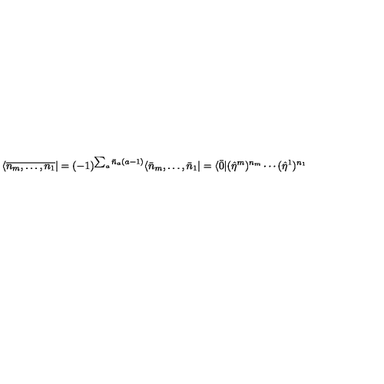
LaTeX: \langle \overline { { n _ { m } , \ldots , n _ { 1 } } } | = ( - 1 ) ^ { \sum _ { a } \bar { n } _ { a } ( a - 1 ) } \langle \bar { n } _ { m } , \ldots , \bar { n } _ { 1 } | = \langle \bar { 0 } | ( \hat { \eta } ^ { m } ) ^ { n _ { m } } \cdots ( \hat { \eta } ^ { 1 } ) ^ { n _ { 1 } }